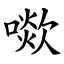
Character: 㗵